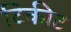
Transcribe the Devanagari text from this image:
टिकीट